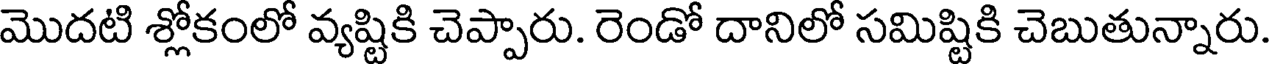
మొదటి శ్లోకంలో వ్యష్టికి చెప్పారు. రెండో దానిలో సమిష్టికి చెబుతున్నారు.